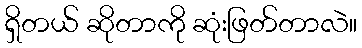
ရှိတယ် ဆိုတာကို ဆုံးဖြတ်တာလဲ။